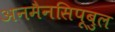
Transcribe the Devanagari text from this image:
अनमैनसिपूबुल